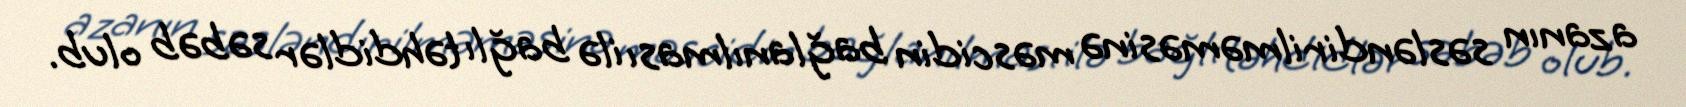
azanın səsləndirilməməsinə məscidin bağlanılması ilə bağlı təhdidlər səbəb olub.